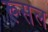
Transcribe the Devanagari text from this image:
रूसल